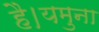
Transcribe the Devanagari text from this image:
है।यमुना